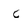
Character: C